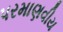
પરમાણવીય